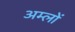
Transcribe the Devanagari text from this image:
अम्‍लों